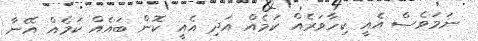
ނަމަވެސް އެއީ ކިހާވަރެއް ކަމެއް އަދި އެއީ ކޮން ބައެއް ކަމެއް އޭނާ